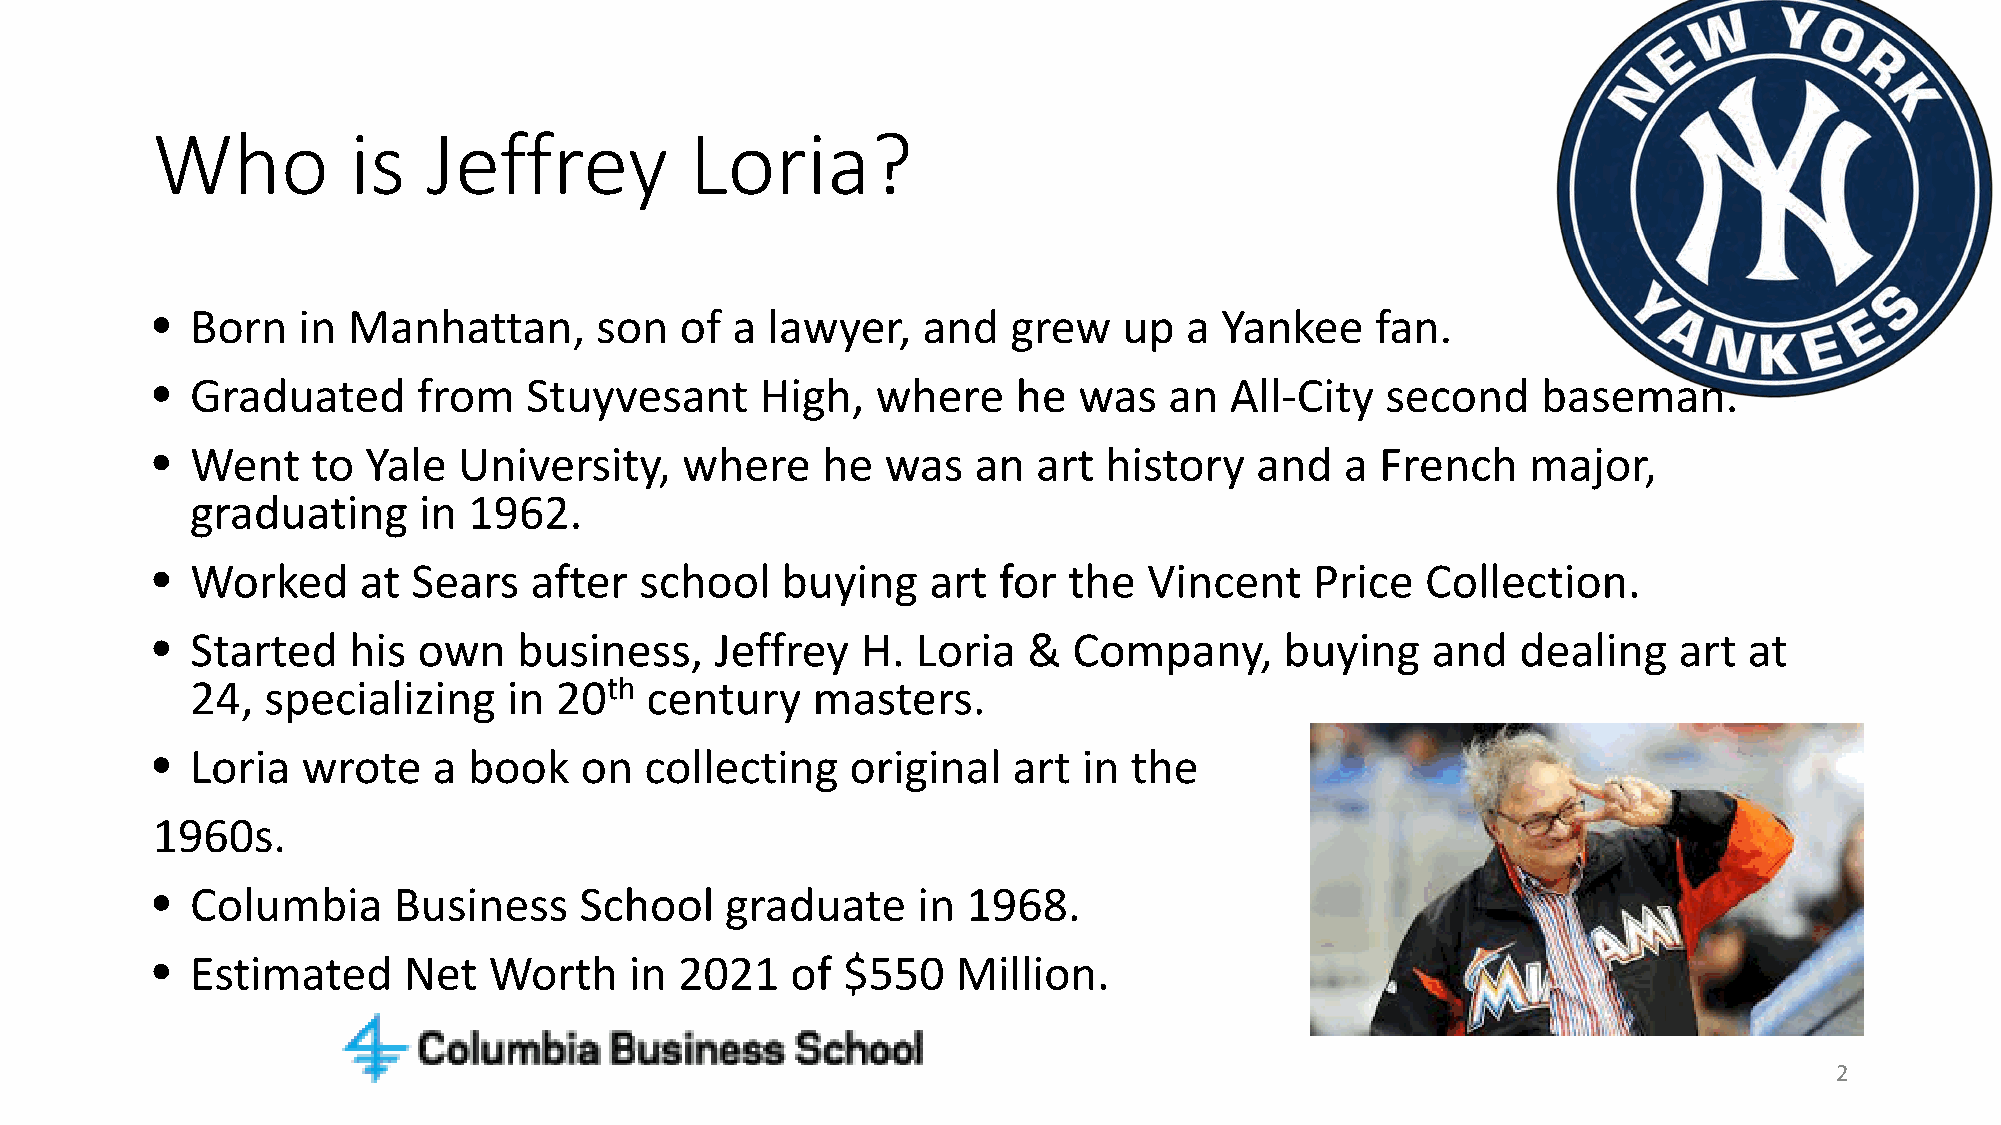
Who          is   Jeffrey           Loria?
 •  Born   in Manhattan,      son   of a  lawyer,   and   grew   up  a  Yankee    fan.
 •  Graduated      from   Stuyvesant     High,   where    he  was   an  All-City   second    baseman.
 •  Went    to Yale  University,    where    he   was  an   art history   and   a French    major,
 graduating     in 1962.
 •  Worked     at Sears   after  school    buying   art  for  the  Vincent    Price  Collection.
 •  Started   his  own   business,    Jeffrey   H.  Loria  &  Company,      buying    and   dealing   art  at
 24, specializing     in 20th  century    masters.
 •  Loria  wrote    a book   on   collecting   original   art  in the
 1960s.
 •  Columbia     Business    School    graduate     in 1968.
 •  Estimated     Net  Worth     in 2021   of  $550   Million.
 2